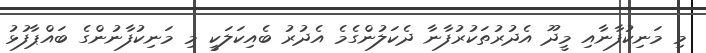
މި މަނިކުފާނާއި މީދޫ އެދުރުތަކުރުފާނާ ދެކަލުންގެމެ އެދުރު ބެއިކަލަކީ މި މަނިކުފާނުންގެ ބައްޕާފުޅު